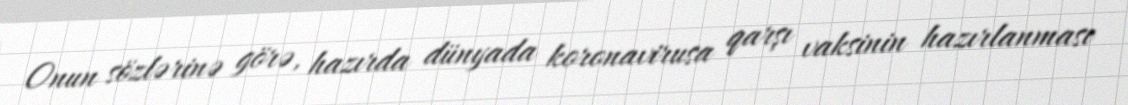
Onun sözlərinə görə, hazırda dünyada koronavirusa qarşı vaksinin hazırlanması